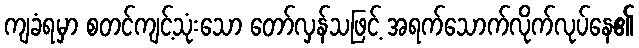
ကျခံရမှာ စတင်ကျင့်သုံးသော တော်လှန်သဖြင့် အရက်သောက်လိုက်လုပ်နေ၏